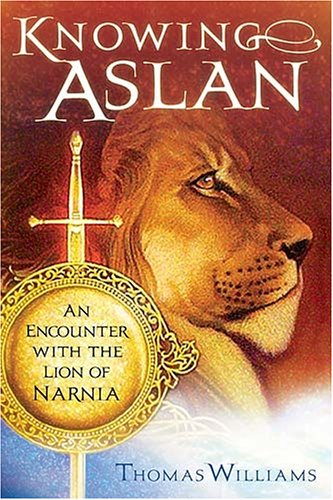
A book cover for Knowing Aslan; Thomas Williams; Science Fiction & Fantasy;